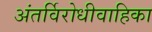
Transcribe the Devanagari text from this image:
अंतर्विरोधीवाहिका